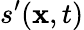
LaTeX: s^{\prime}(\textbf{x},t)